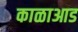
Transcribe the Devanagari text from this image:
काळाआड